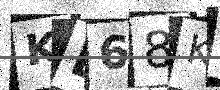
Text: KD68KZ